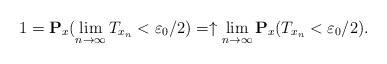
\begin{align*}1=\mathbf{P}_x(\lim_{n\rightarrow\infty}T_{x_n}<\varepsilon_0/2)=\uparrow \lim_{n\rightarrow \infty}\mathbf{P}_x(T_{x_n}<\varepsilon_0/2). \end{align*}